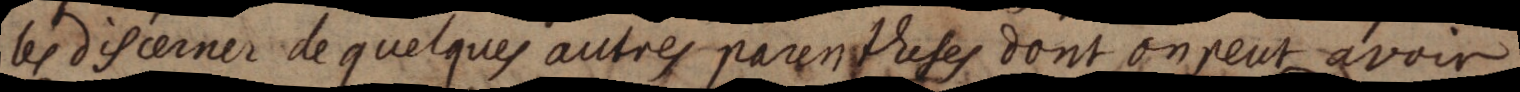
les discerner de quelques autres parentheses dont on peut avoir